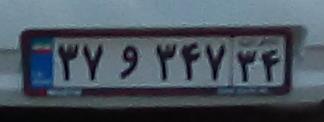
۳۷و۳۴۷۳۴